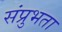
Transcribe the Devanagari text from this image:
संप्रुभता